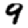
Digit: 9